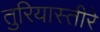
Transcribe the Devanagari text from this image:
तुरियास्तीरे